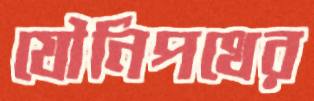
যৌনিপথের